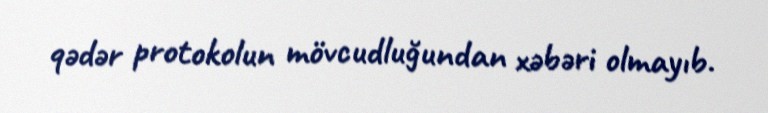
qədər protokolun mövcudluğundan xəbəri olmayıb.